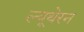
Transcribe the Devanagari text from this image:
ल्यूथेरन